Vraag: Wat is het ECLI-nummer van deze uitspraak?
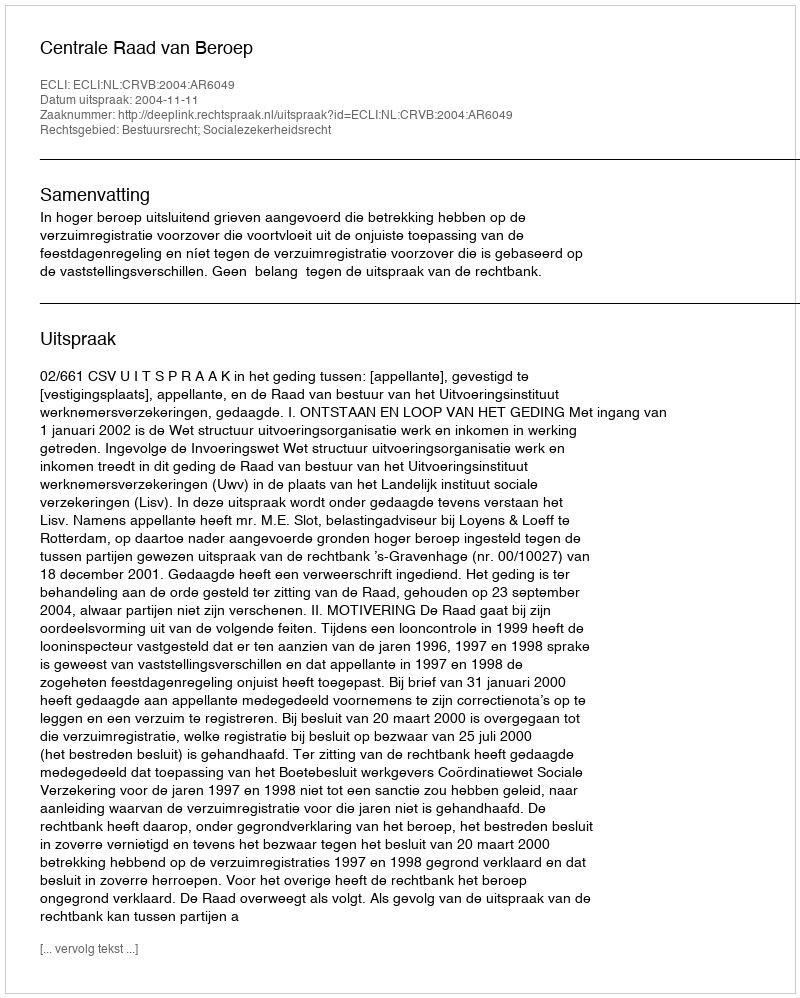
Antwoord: ECLI:NL:CRVB:2004:AR6049